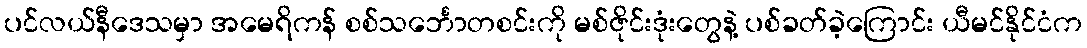
ပင်လယ်နီဒေသမှာ အမေရိကန် စစ်သင်္ဘောတစင်းကို မစ်ဇိုင်းဒုံးတွေနဲ့ ပစ်ခတ်ခဲ့ကြောင်း ယီမင်နိုင်ငံက